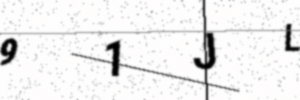
Text: 91JL